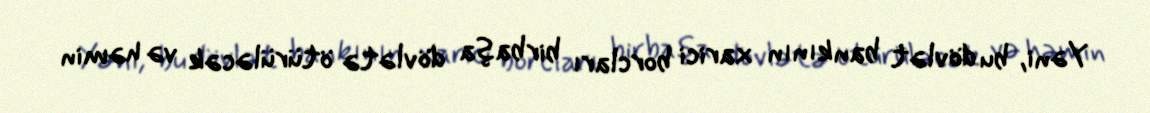
Yəni, bu dövlət bankının xarici borcları birbaşa dövlətə ötürüləcək və həmin